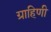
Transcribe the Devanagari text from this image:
ग्राहिणी